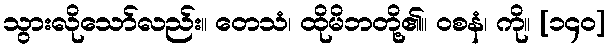
သွားလိုသော်လည်း။ တေသံ၊ ထိုမိဘတို့၏။ ဝစနံ၊ ကို။ [၁၄၀]